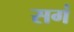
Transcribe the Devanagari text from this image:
सगं